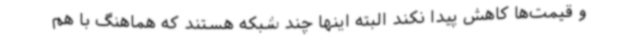
و قیمت‌ها کاهش پیدا نکند البته اینها چند شبکه هستند که هماهنگ با هم